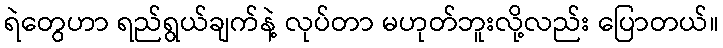
ရဲတွေဟာ ရည်ရွယ်ချက်နဲ့ လုပ်တာ မဟုတ်ဘူးလို့လည်း ပြောတယ်။